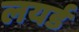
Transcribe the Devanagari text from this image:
लयर्ड